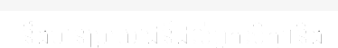
នឹងមានប្រយោជន៍ដល់អ្នកសិក្សានិង